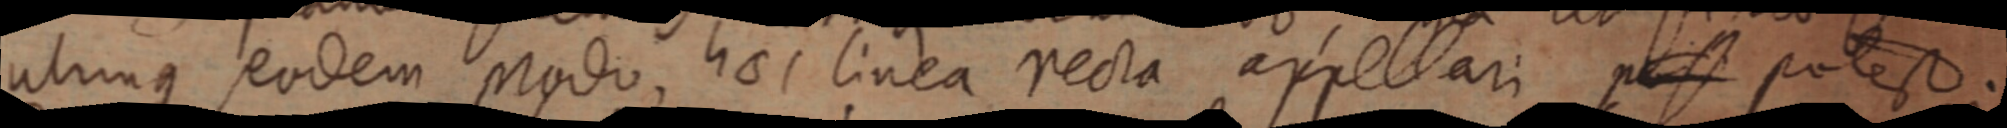
utrinque eodem modo, haec linea recta appellari pes potest.